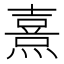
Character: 熹